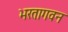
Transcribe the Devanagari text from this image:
भरतागवन